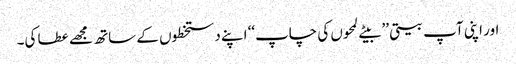
اور اپنی آپ بیتی ’’ بیتے لمحوں کی چاپ‘‘ اپنے دستخطوں کے ساتھ مجھے عطا کی۔